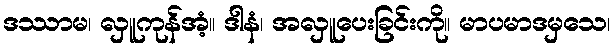
ဒဿာမ၊ လှူကုန်အံ့။ ဒါနံ၊ အလှူပေးခြင်းကို။ မာပမာဒမှသေ၊